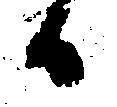
日